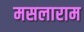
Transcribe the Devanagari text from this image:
मसलाराम